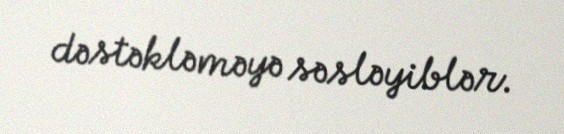
dəstəkləməyə səsləyiblər.